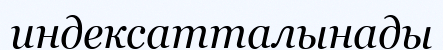
индексатталынады